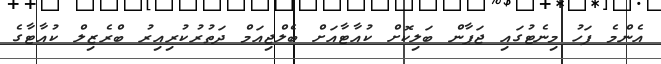
އެންމެ ފަހު މިނެޓުގައި ޖަޕާން ބަލިކޮށް ކުއާޓާއަށް ބެލްޖިއަމް ދަތުރުކުރިއިރު ބްރެޒިލް ކުއާޓާގެ